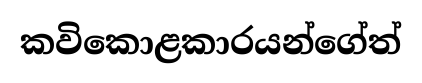
කවිකොළකාරයන්ගේත්